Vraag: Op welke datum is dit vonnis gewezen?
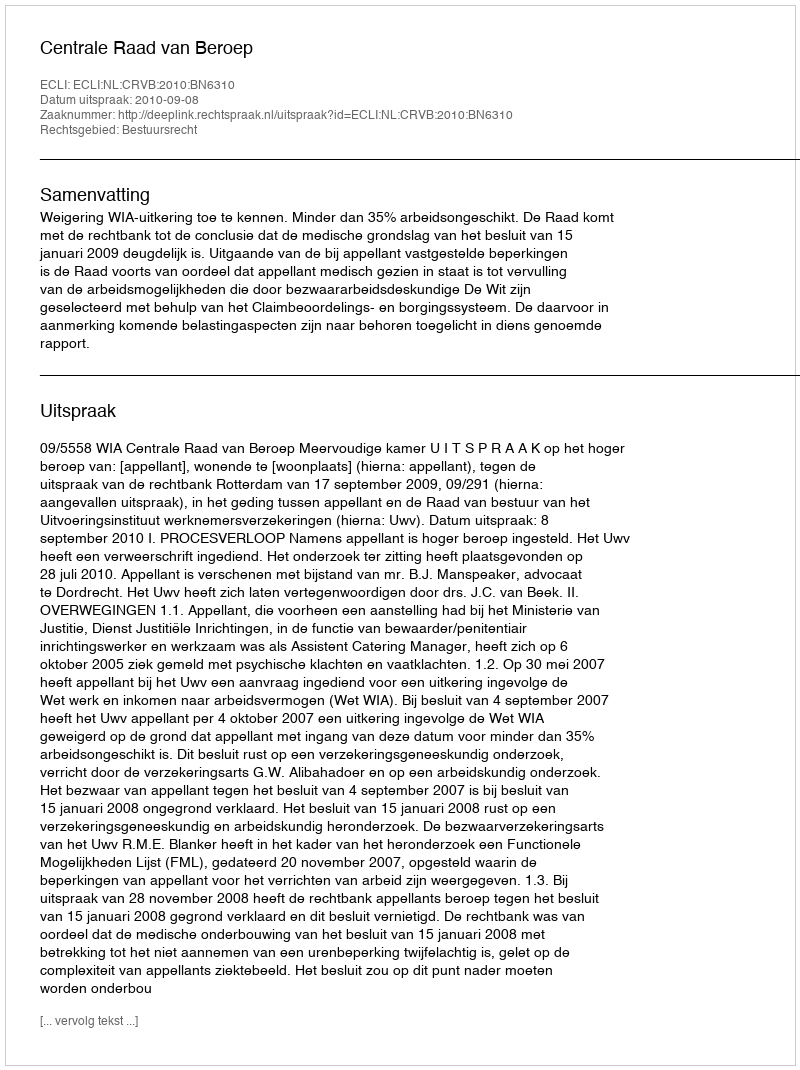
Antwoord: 2010-09-08